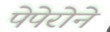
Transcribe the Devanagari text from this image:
पेपेरोने